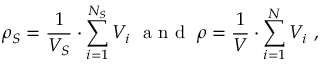
\rho _ { S } = \frac { 1 } { V _ { S } } \cdot \sum _ { i = 1 } ^ { N _ { S } } V _ { i } \ \mathrm { ~ a ~ n ~ d ~ } \ \rho = \frac { 1 } { V } \cdot \sum _ { i = 1 } ^ { N } V _ { i } \ ,